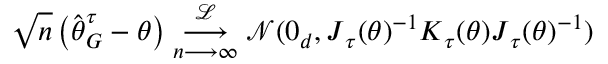
\sqrt { n } \left( \widehat { \boldsymbol { \theta } } _ { G } ^ { \tau } - \boldsymbol { \theta } \right) \underset { n \longrightarrow \infty } { \overset { \mathcal { L } } { \longrightarrow } } \mathcal { N } ( \boldsymbol { 0 } _ { d } , \boldsymbol { J } _ { \boldsymbol { \tau } } ( \boldsymbol { \theta } ) ^ { - 1 } \boldsymbol { K } _ { \boldsymbol { \tau } } ( \boldsymbol { \theta } ) \boldsymbol { J } _ { \boldsymbol { \tau } } ( \boldsymbol { \theta } ) ^ { - 1 } )